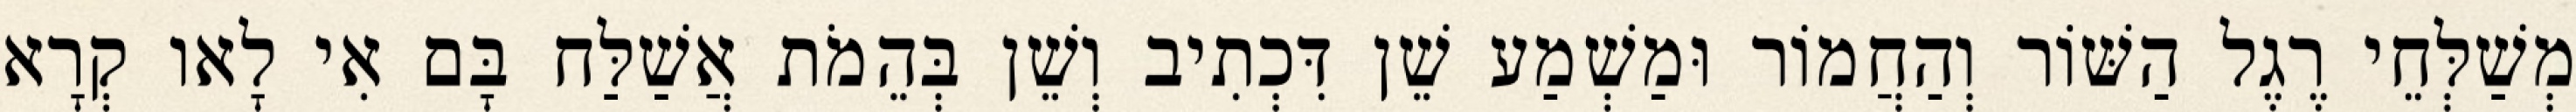
מְשַׁלְּחֵי רֶגֶל הַשּׁוֹר וְהַחֲמוֹר וּמַשְׁמַע שֵׁן דִּכְתִיב וְשֵׁן בְּהֵמֹת אֲשַׁלַּח בָּם אִי לָאו קְרָא